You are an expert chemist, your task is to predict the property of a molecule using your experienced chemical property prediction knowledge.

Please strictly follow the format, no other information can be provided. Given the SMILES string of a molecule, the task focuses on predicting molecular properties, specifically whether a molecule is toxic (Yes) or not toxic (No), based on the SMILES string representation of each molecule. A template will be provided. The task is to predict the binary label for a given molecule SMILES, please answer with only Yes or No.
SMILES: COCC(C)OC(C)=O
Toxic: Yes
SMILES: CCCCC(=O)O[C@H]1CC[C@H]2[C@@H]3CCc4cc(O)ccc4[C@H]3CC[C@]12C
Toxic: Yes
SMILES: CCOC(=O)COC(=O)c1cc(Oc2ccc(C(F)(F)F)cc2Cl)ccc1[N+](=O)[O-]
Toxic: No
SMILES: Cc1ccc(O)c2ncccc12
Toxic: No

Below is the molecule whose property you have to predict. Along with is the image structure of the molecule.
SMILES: CCCCN(CCCC)C(=S)[S-]
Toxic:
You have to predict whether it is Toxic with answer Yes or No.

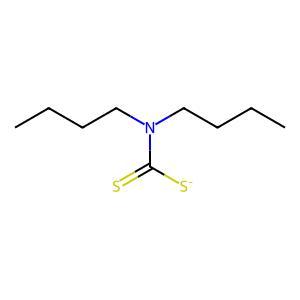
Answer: No